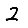
Digit: 2